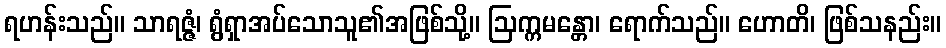
ရဟန်းသည်။ သာရဇ္ဇံ၊ ရွံရှာအပ်သောသူ၏အဖြစ်သို့။ ဩက္ကမန္တော၊ ရောက်သည်။ ဟောတိ၊ ဖြစ်သနည်း။